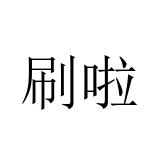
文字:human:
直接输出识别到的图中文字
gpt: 刷啦